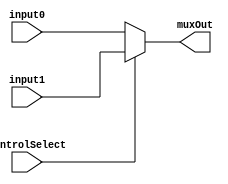
`timescale 1ns / 1ps
//////////////////////////////////////////////////////////////////////////////////
// Company: 
// Engineer: 
// 
// Design Name: 
// Module Name:    muxTwoBit 
// Project Name: 
// Target Devices: 
// Tool versions: 
// Description: 
//
// Dependencies: 
//
// Revision: 
// Revision 0.01 - File Created
// Additional Comments: 
//
//////////////////////////////////////////////////////////////////////////////////
module muxTwoBit(
	input [31:0] input0, input1,
	input controlSelect,
	output [31:0] muxOut
    );

assign muxOut = (controlSelect) ? input1 : input0;

endmodule